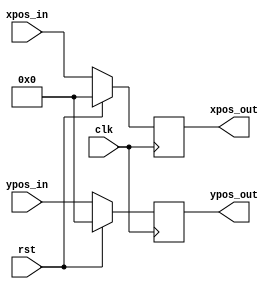
`timescale 1ns / 1ps
//////////////////////////////////////////////////////////////////////////////////
// Company: 
// Engineer: 
// 
// Design Name: 
// Module Name: clock_delay
// Project Name: 
// Target Devices: 
// Tool Versions: 
// Description: 
// 
// Dependencies: 
// 
// Revision:
// Revision 0.01 - File Created
// Additional Comments:
// 
//////////////////////////////////////////////////////////////////////////////////


module clock_delay(
    input wire clk,
    input wire rst,
    input wire [11:0] xpos_in,
    input wire [11:0] ypos_in,
    output reg [11:0] xpos_out,
    output reg [11:0] ypos_out
    );
    
    always@(posedge clk)
    begin
        if(rst)
        begin
            xpos_out <= 0;
            ypos_out <= 0;
        end
        else
        begin
            xpos_out <= xpos_in;
            ypos_out <= ypos_in;
        end
    end
    
endmodule